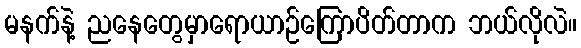
မနက်နဲ့ ညနေတွေမှာရောယာဉ်ကြောပိတ်တာက ဘယ်လိုလဲ။